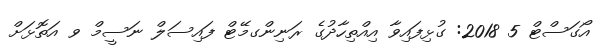
އޯގަސްޓް 5 2018: ގުޅިފައިވާ އިއްތިހާދުގެ ރަނިންގމޭޓް ފައިސަލް ނަސީމް ވ އަތޮޅަށް